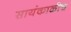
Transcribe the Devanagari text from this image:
सायंकाळीच